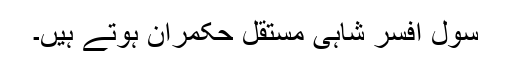
سول افسر شاہی مستقل حکمران ہوتے ہیں۔